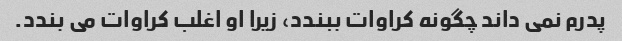
پدرم نمی داند چگونه کراوات ببندد، زیرا او اغلب کراوات می بندد.